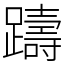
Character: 躊